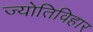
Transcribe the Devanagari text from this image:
ज्योतिविहार